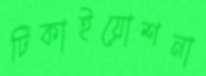
টিকাইয়োশনা